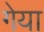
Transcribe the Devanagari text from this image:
गेया